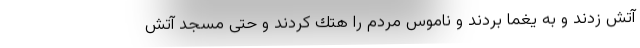
آتش زدند و به يغما بردند و ناموس مردم را هتك كردند و حتّى مسجد آتش